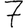
Digit: 7